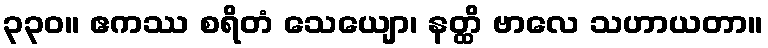
၃၃၀။ ဧကဿ စရိတံ သေယျော၊ နတ္ထိ ဗာလေ သဟာယတာ။